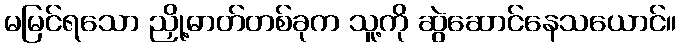
မမြင်ရသော ညှို့ဓာတ်တစ်ခုက သူ့ကို ဆွဲဆောင်နေသယောင်။